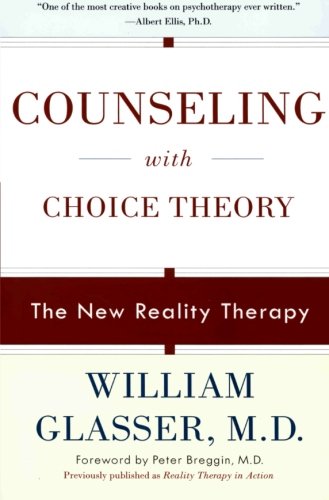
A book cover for Counseling with Choice Theory; William, M.D. Glasser; Health, Fitness & Dieting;